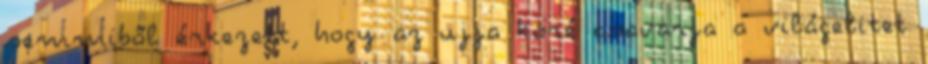
semmiből érkezett, hogy az ujja köré csavarja a világelitet